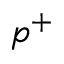
p ^ { + }